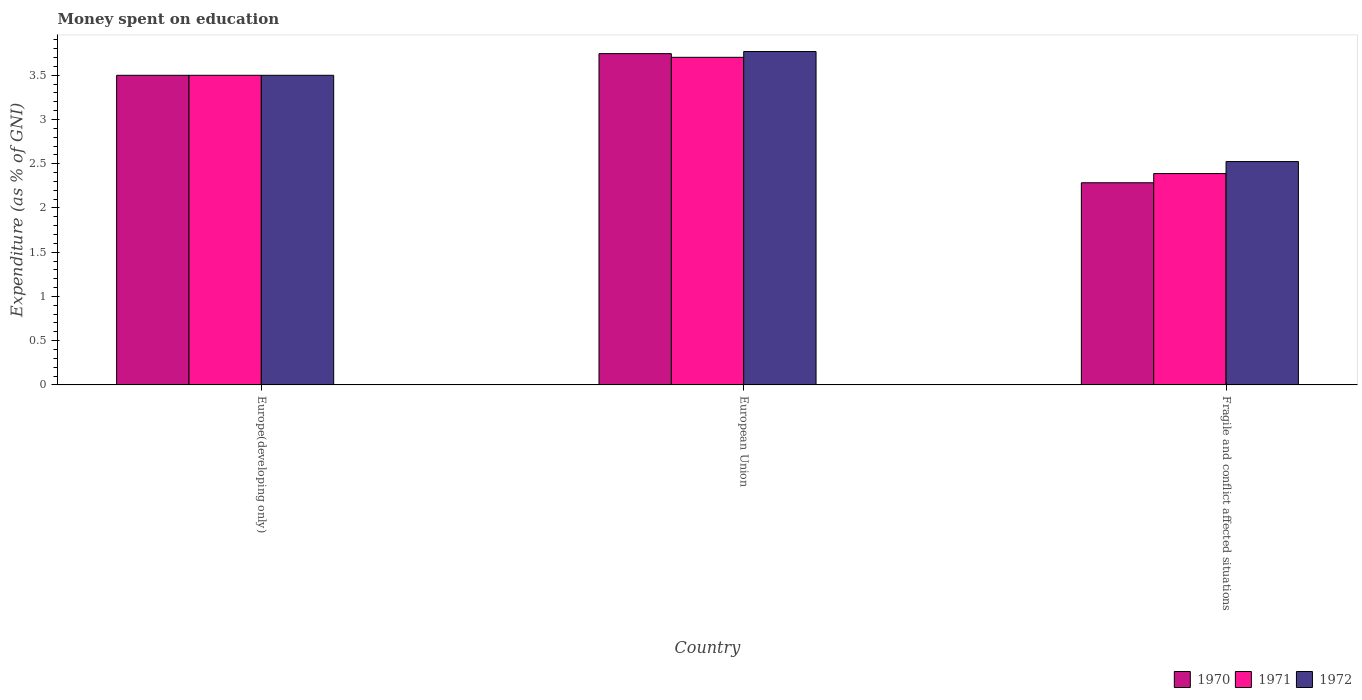
| Country | 1970 | 1971 | 1972 |
 | --- | --- | --- | --- |
 | Europe(developing only) | 3.5 | 3.5 | 3.5 |
 | European Union | 3.74 | 3.7 | 3.77 |
 | Fragile and conflict affected situations | 2.29 | 2.39 | 2.52 |